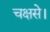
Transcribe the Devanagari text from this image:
चक्षसे।